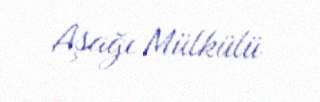
Aşağı Mülkülü